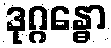
ဒုဂ္ဂန္ဓော